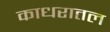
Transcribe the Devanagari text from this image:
काधरातल